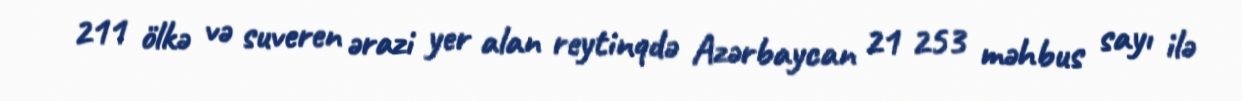
211 ölkə və suveren ərazi yer alan reytinqdə Azərbaycan 21 253 məhbus sayı ilə